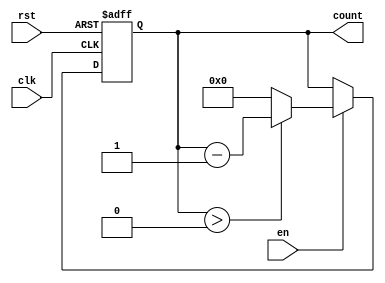
module down_counter #(
    parameter N = 8 // Define the bit-width of the counter (e.g., 8 bits for a max count of 255)
)(
    input wire clk,      // Clock signal
    input wire rst,      // Asynchronous reset signal
    input wire en,       // Enable signal
    output reg [N-1:0] count // Current count value
);

// Initialization of the counter
initial begin
    count = N; // Set initial count to maximum value
end

// Asynchronous reset and counting logic
always @(posedge clk or posedge rst) begin
    if (rst) begin
        count <= N; // Reset count to maximum value on reset
    end else if (en) begin
        if (count > 0) begin
            count <= count - 1; // Decrement count if greater than 0
        end else begin
            count <= 0; // Prevent underflow
        end
    end
end

endmodule